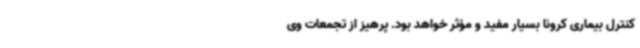
کنترل بیماری کرونا بسیار مفید و مؤثر خواهد بود. پرهیز از تجمعات وی